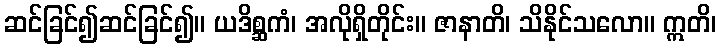
ဆင်ခြင်၍ဆင်ခြင်၍။ ယဒိစ္ဆကံ၊ အလိုရှိတိုင်း။ ဇာနာတိ၊ သိနိုင်သလော။ ဣတိ၊